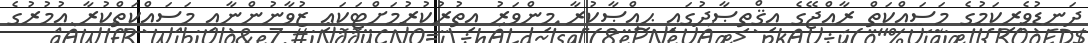
ދަނޑުވެރިކަމުގެ މަސައްކަތް ރާއްޖޭގެ އިޤްތިޞާދުގައި ޙިއްޞާކުރާ މިންވަރު އިތުރުކުރުމަށްޓަކައި ޒުވާނުންނާއި މަސައްކަތްކުރާ ޢުމުރުގެ